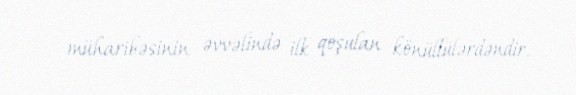
müharibəsinin əvvəlində ilk qoşulan könüllülərdəndir.